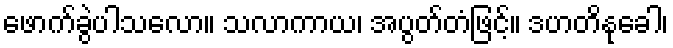
ဖောက်ခွဲပါသလော။ သလာကာယ၊ အပွတ်တံဖြင့်။ ဒဟတိနုခေါ၊